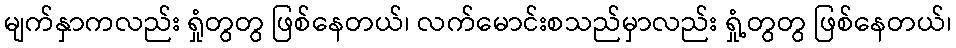
မျက်နှာကလည်း ရှုံတွတွ ဖြစ်နေတယ်၊ လက်မောင်းစသည်မှာလည်း ရှုံ့တွတွ ဖြစ်နေတယ်၊